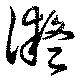
凝